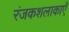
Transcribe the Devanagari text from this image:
रंजकशलाकाएँ